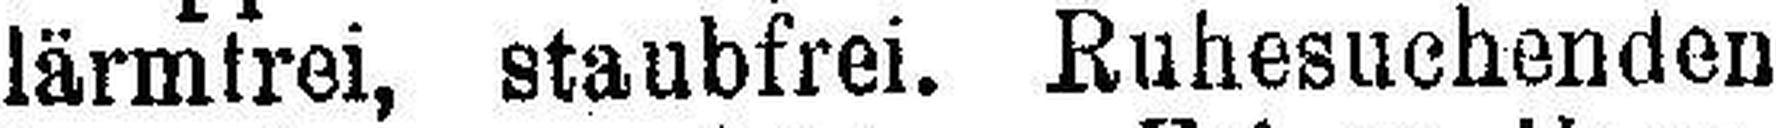
lärmtrei, staubfrei. Ruhesuchenden